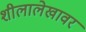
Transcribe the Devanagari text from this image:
शीलालेखावर